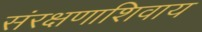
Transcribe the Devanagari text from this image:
संरक्षणाशिवाय